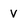
Character: V